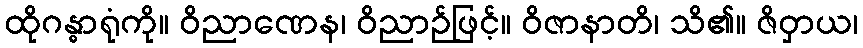
ထိုဂန္ဓာရုံကို။ ဝိညာဏေန၊ ဝိညာဉ်ဖြင့်။ ဝိဇာနာတိ၊ သိ၏။ ဇိဝှာယ၊